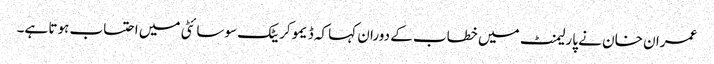
عمران خان نے پارلیمنٹ میں خطاب کے دوران کہا کہ ڈیموکریٹک سوسائٹی میں احتساب ہوتا ہے۔